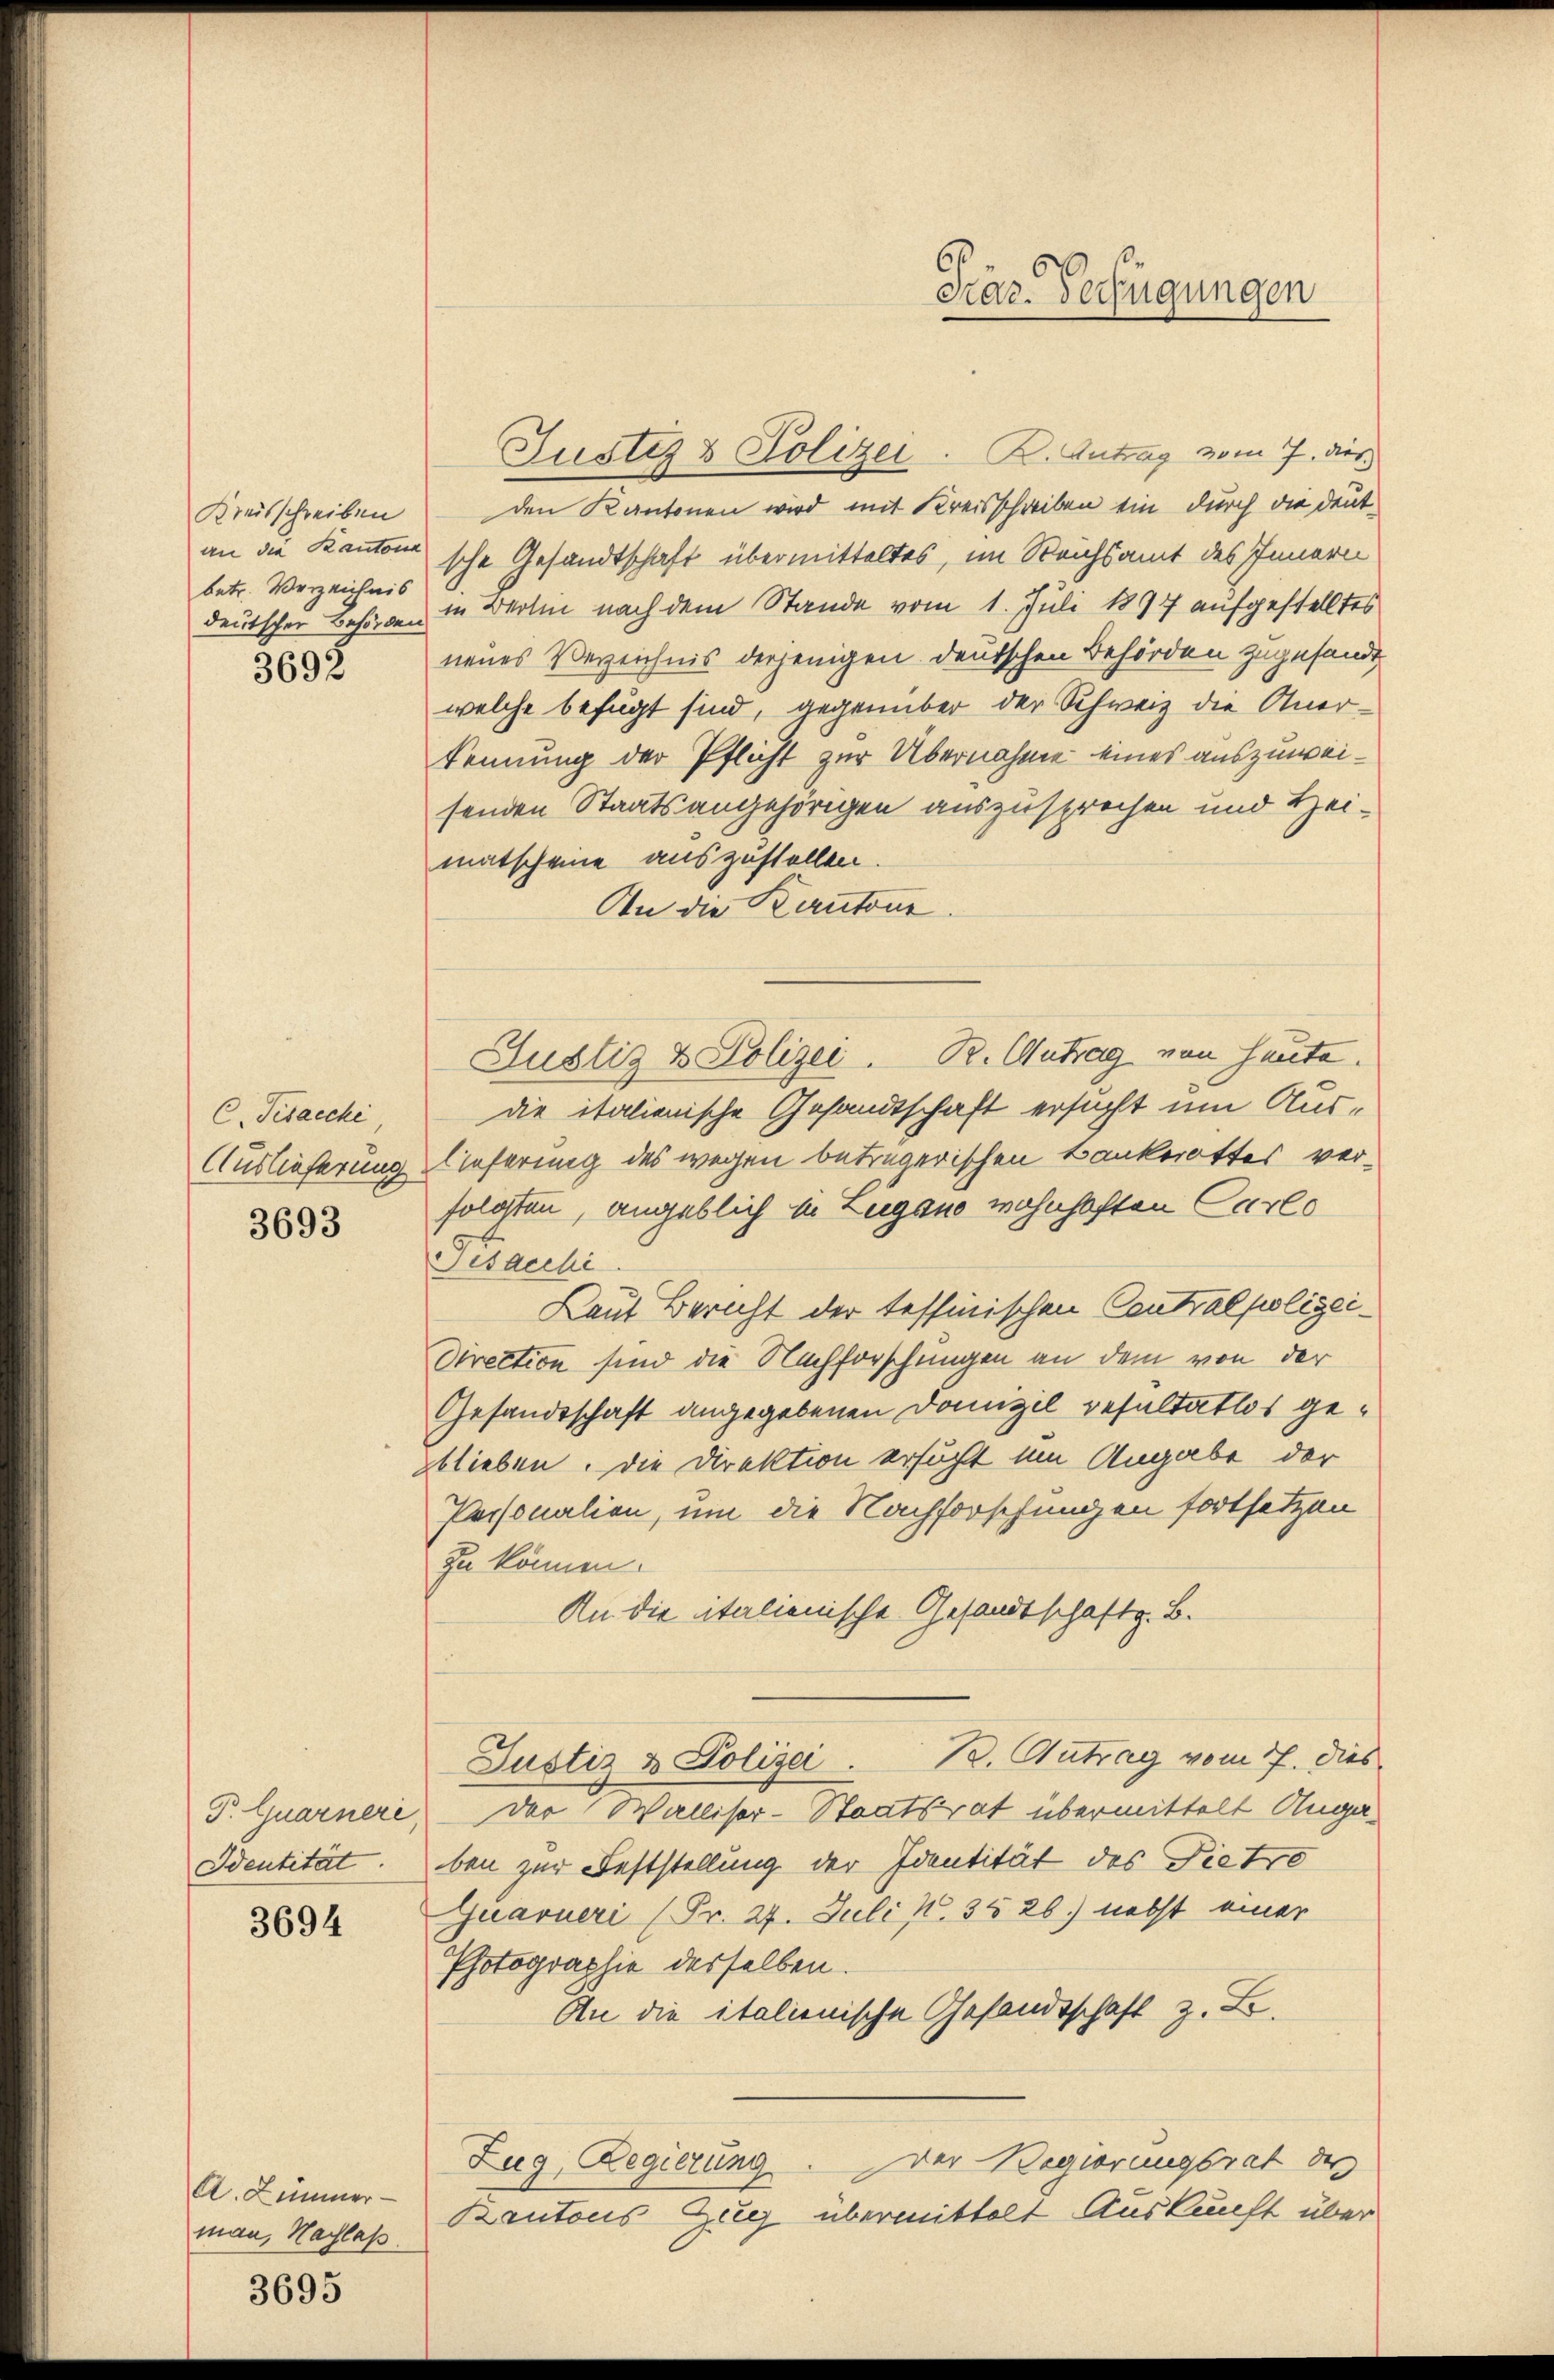
Kreisschreiben
betr. Verzeichnis

3693

C. Fisaeche
3693

Identität

3694

A. Zimmer
man, Nachlaß

3695

Justiz & Polizei . K. Antrag vom 7. dies
den Kantonen wird mit Kreisschreiben ein durch die deutan die Kantone sche Gesandtschaft übermitteltes, im Reichsamt des Innern
deutscher Behörden in Berlin nach dem Stande vom 1. Juli 1897 aufgestelltes
neues Verzeichnis derjenigen deutschen Behörden zugesandt
welche befügt sind, gegenüber der Schweiz die Anerkennung der Pflicht zur Übernahme eines auszuweisenden Staatsangehörigen auszusprechen und Heimatscheine auszustellen.
An die Kantone.
Justiz & Polizei. B. Antrag von Heute.
die italienische Gesandtschaft ersucht um Aus¬
Auslieferung lieferung des wegen beträgerischen Bankerottes verfolgten, angeblich in Lugano wohnhaften Carlo
Sisacchi
Laut Bericht der tessinischen Contralpolizei¬
Direction sind die Nachforschungen an dem von der
Gesandtschaft angegebenen Domizil resultatlos gegblieben. Die Direktion ersucht um Angabe der
Personalien, um die Nachforschungen fortsetzen
zu können.
An die italienische Gesandtschaft z. B.
Justiz & Polizei . 12. Antrag vom 17. dies
P. Ejuarnere der Walliser-Staatsrat übermittelt Angaben zur Feststellung der Identität des Pietze
Quarueri (Fr. 27. Juli N. 3526.) nebst einer
Photographie derselben.
An die italienische Gesandtschaft z. B.
Der Regierungsrat des
Zug, Regierung
Kantons Zug übermittelt Auskunft über

Pras Verfügungen